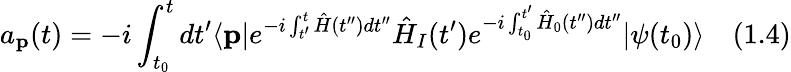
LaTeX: a_{\textbf{p}}(t)=-i\int_{t_{0}}^{t}dt^{\prime}\langle{\textbf{p}}|e^{-i\int_{t^{\prime}}^{t}{\hat{H}}(t^{\prime\prime})dt^{\prime\prime}}{\hat{H}}_{I}(t^{\prime})e^{-i\int_{t_{0}}^{t^{\prime}}{\hat{H}}_{0}(t^{\prime\prime})dt^{\prime\prime}}|{\psi(t_{0})}\rangle\quad(1.4)